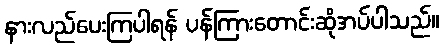
နားလည်ပေးကြပါရန် ပန်ကြားတောင်းဆိုအပ်ပါသည်။